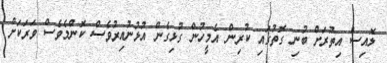
ލޮއިސް އިތުރަށް ބުނި ގޮތުގައި ކުރިން އެމީހުން ގުޅިގެން އުޅުނުއިރުވެސް ކޮންމެވެސް ވަރަކަށް